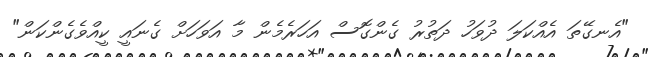
"އެނގޭތަ އެއްކަލަ ދުވަހު ދަތުރު ގެންގޮސް އަހަރެމެން މާ އަވަހަށް ގެނައީ ކީއްވެގެންކަން"